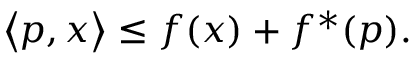
\left\langle p , x \right\rangle \leq f ( x ) + f ^ { * } ( p ) .